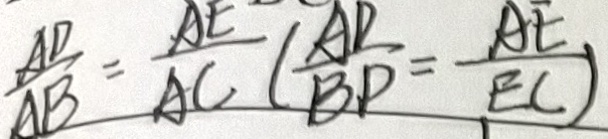
\frac { A D } { A B } = \frac { A E } { A C } ( \frac { A D } { B D } = \frac { A E } { E C } )